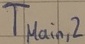
Text: TMain,2